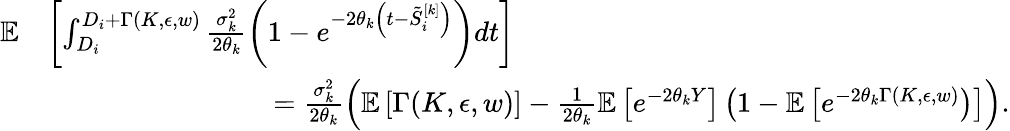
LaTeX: \begin{array}{rl}{{\mathbb{E}}}&{\left[\int_{D_{i}}^{D_{i}+\Gamma(K,\epsilon,w)}\frac{\sigma_{k}^{2}}{2\theta_{k}}\left(1-e^{-2\theta_{k}\left(t-\tilde{S}_{i}^{[k]}\right)}\right)dt\right]}\\ &{\qquad\qquad\qquad\qquad=\frac{\sigma_{k}^{2}}{2\theta_{k}}\left({\mathbb{E}}\left[\Gamma(K,\epsilon,w)\right]-\frac{1}{2\theta_{k}}{\mathbb{E}}\left[e^{-2\theta_{k}Y}\right]\left(1-{\mathbb{E}}\left[e^{-2\theta_{k}\Gamma(K,\epsilon,w)}\right)\right]\right).}\end{array}